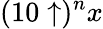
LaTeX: (10\uparrow)^{n}x